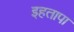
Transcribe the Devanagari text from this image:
इहतापा